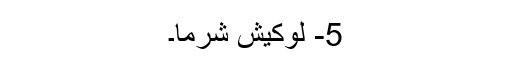
5- لوکیش شرما۔